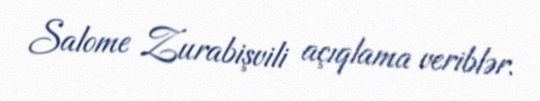
Salome Zurabişvili açıqlama veriblər.